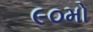
૯૦મો